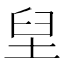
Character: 𱼭